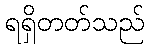
ရရှိတတ်သည်